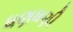
ધણધણી